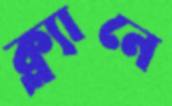
ক্ল্যানে